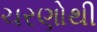
ચરણોથી